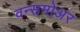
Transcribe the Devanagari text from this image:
वन्समोअर